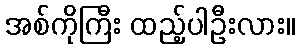
အစ်ကိုကြီး ထည့်ပါဦးလား။